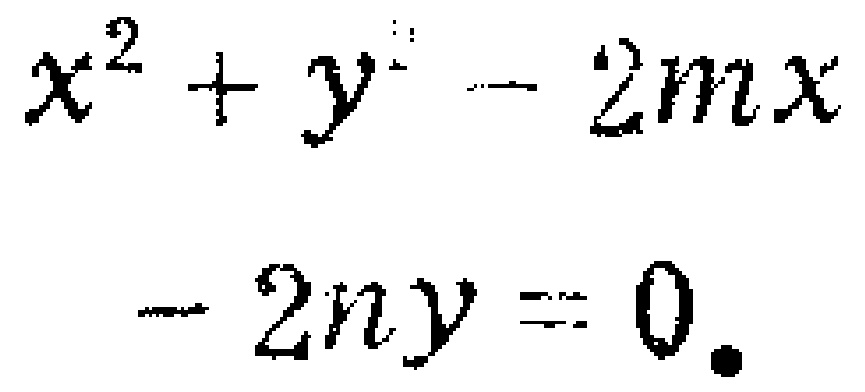
$x^{2}+y^{2}-2mx - 2ny = 0.$